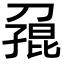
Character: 𪟓